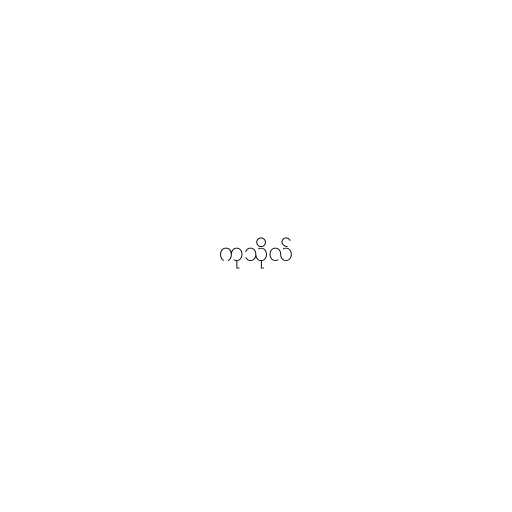
ကုသိုလ်